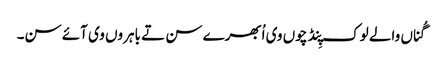
گُناں والے لوک پِنڈ چوں وی اُبھرے سن تے باہروں وی آئے سن۔